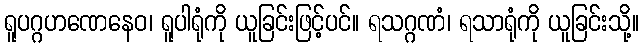
ရူပဂ္ဂဟဏေနေဝ၊ ရူပါရုံကို ယူခြင်းဖြင့်ပင်။ ရသဂ္ဂဏံ၊ ရသာရုံကို ယူခြင်းသို့။